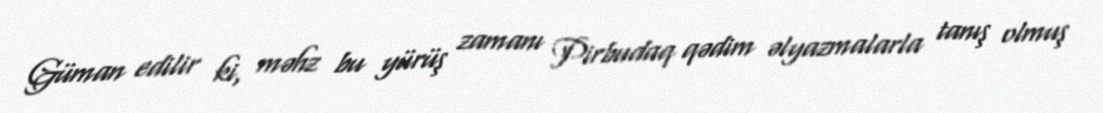
Güman edilir ki, məhz bu yürüş zamanı Pirbudaq qədim əlyazmalarla tanış olmuş